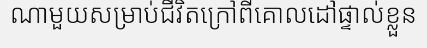
ណាមួយសម្រាប់ជីវិតក្រៅពីគោលដៅផ្ទាល់ខ្លួន